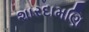
શારદામણિ